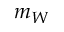
m _ { W }